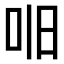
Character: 𫩥